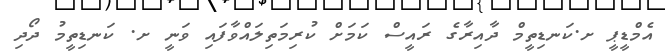
އެމްޑީޕީ ށ.ކަނޑިތީމް ދާއިރާގެ ރައީސް ކަމަށް ކުރިމަތިލައްވާފައި ވަނީ ށ. ކަނޑިތީމު ދޯދި